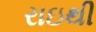
રાઇથી